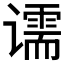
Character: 𰶌